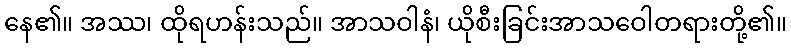
နေ၏။ အဿ၊ ထိုရဟန်းသည်။ အာသဝါနံ၊ ယိုစီးခြင်းအာသဝေါတရားတို့၏။